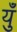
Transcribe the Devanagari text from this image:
युँ